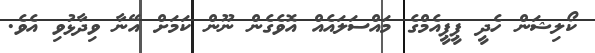
ކޯލިޝަން ހެދީ ޕީޕީއެމްގެ މައްސަލައެއް އޮވެގެން ނޫން ކަމަށް އޭނާ ވިދާޅުވި އެވެ.